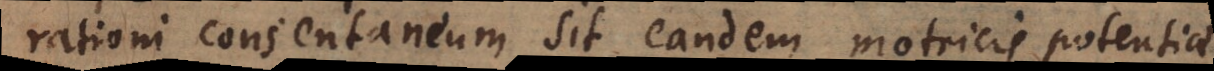
rationi consentaneum sit, eandem motricis potentiae